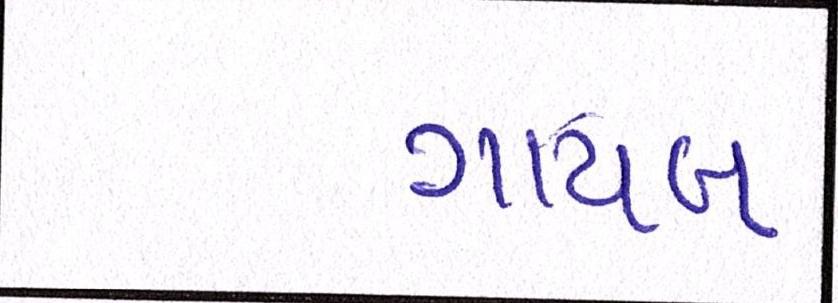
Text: ગાયબ